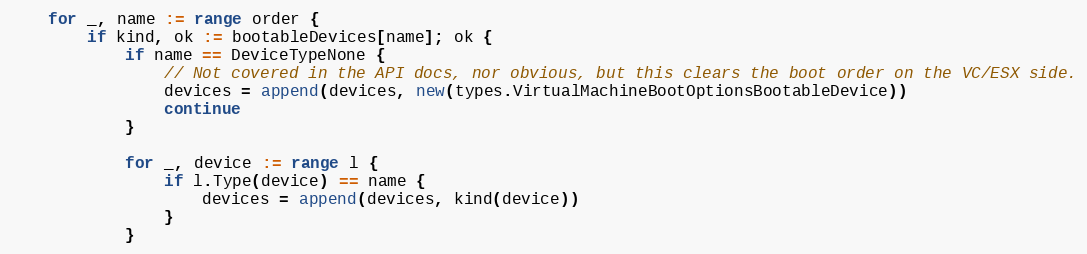
Language: Go
	for _, name := range order {
		if kind, ok := bootableDevices[name]; ok {
			if name == DeviceTypeNone {
				// Not covered in the API docs, nor obvious, but this clears the boot order on the VC/ESX side.
				devices = append(devices, new(types.VirtualMachineBootOptionsBootableDevice))
				continue
			}

			for _, device := range l {
				if l.Type(device) == name {
					devices = append(devices, kind(device))
				}
			}